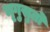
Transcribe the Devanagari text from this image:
भृगुसुतो